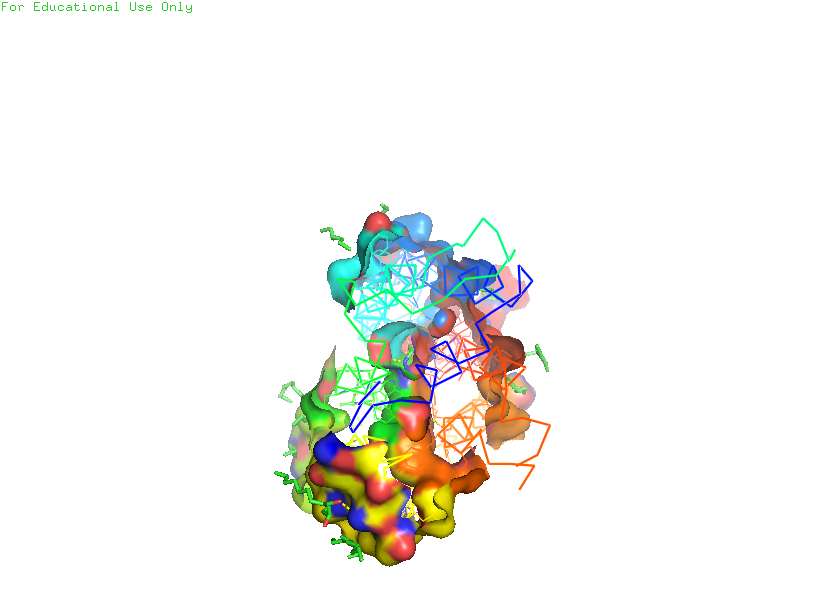
pymol, preset, ligand_sites